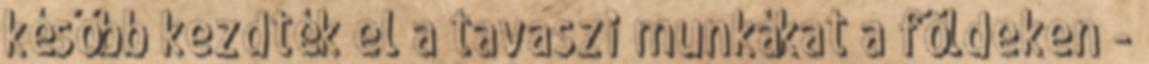
később kezdték el a tavaszi munkákat a földeken -